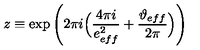
z \equiv \exp \Bigg ( 2 \pi i \Big ( \frac { 4 \pi i } { e _ { e f f } ^ { 2 } } + \frac { \vartheta _ { e f f } } { 2 \pi } \Big ) \Bigg )